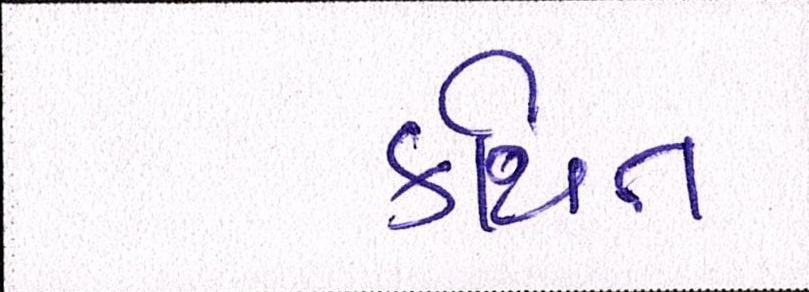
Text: કથિત